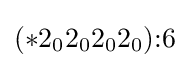
(*2_{0}2_{0}2_{0}2_{0}){:}6